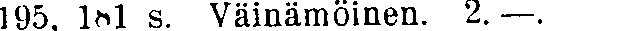
195, 181 s. Väinämöinen. 2.—.